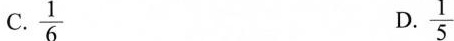
C.\frac{1}{6} D.\frac{1}{5}